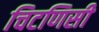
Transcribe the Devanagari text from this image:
चिटणिसी